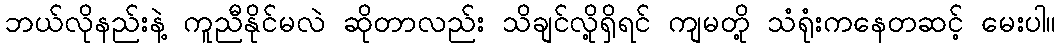
ဘယ်လိုနည်းနဲ့ ကူညီနိုင်မလဲ ဆိုတာလည်း သိချင်လို့ရှိရင် ကျမတို့ သံရုံးကနေတဆင့် မေးပါ။